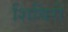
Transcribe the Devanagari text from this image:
शिविरो